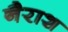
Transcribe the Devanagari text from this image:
नैराश